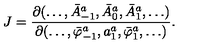
J = \frac { \partial ( \ldots , \bar { A } _ { - 1 } ^ { a } , \bar { A } _ { 0 } ^ { a } , \bar { A } _ { 1 } ^ { a } , \ldots ) } { \partial ( \ldots , \bar { \varphi } _ { - 1 } ^ { a } , a _ { 1 } ^ { a } , \bar { \varphi } _ { 1 } ^ { a } , \ldots ) } .